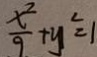
\frac { x ^ { 2 } } { 9 } + y ^ { 2 } = 1